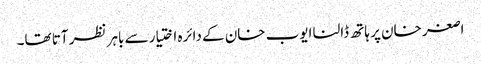
اصغر خان پر ہاتھ ڈالنا ایوب خان کے دائرہ اختیار سے باہر نظر آتا تھا۔